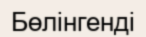
Бөлінгенді